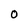
Character: 0